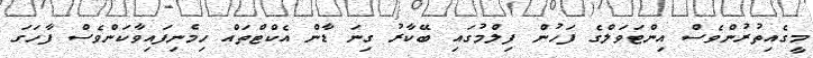
މީގެއިތުރުންވެސް އިންޓަވަލްގެ ފަހުން ފިލްމުގައި ބޭކާރު ގިނަ ޑާން އެކްޓްތައް ހިމެނިފައިވާކަންވެސް ފާހަގަ